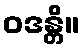
ဝဒန္တိ။